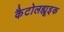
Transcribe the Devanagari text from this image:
कैटोलह्यूइक